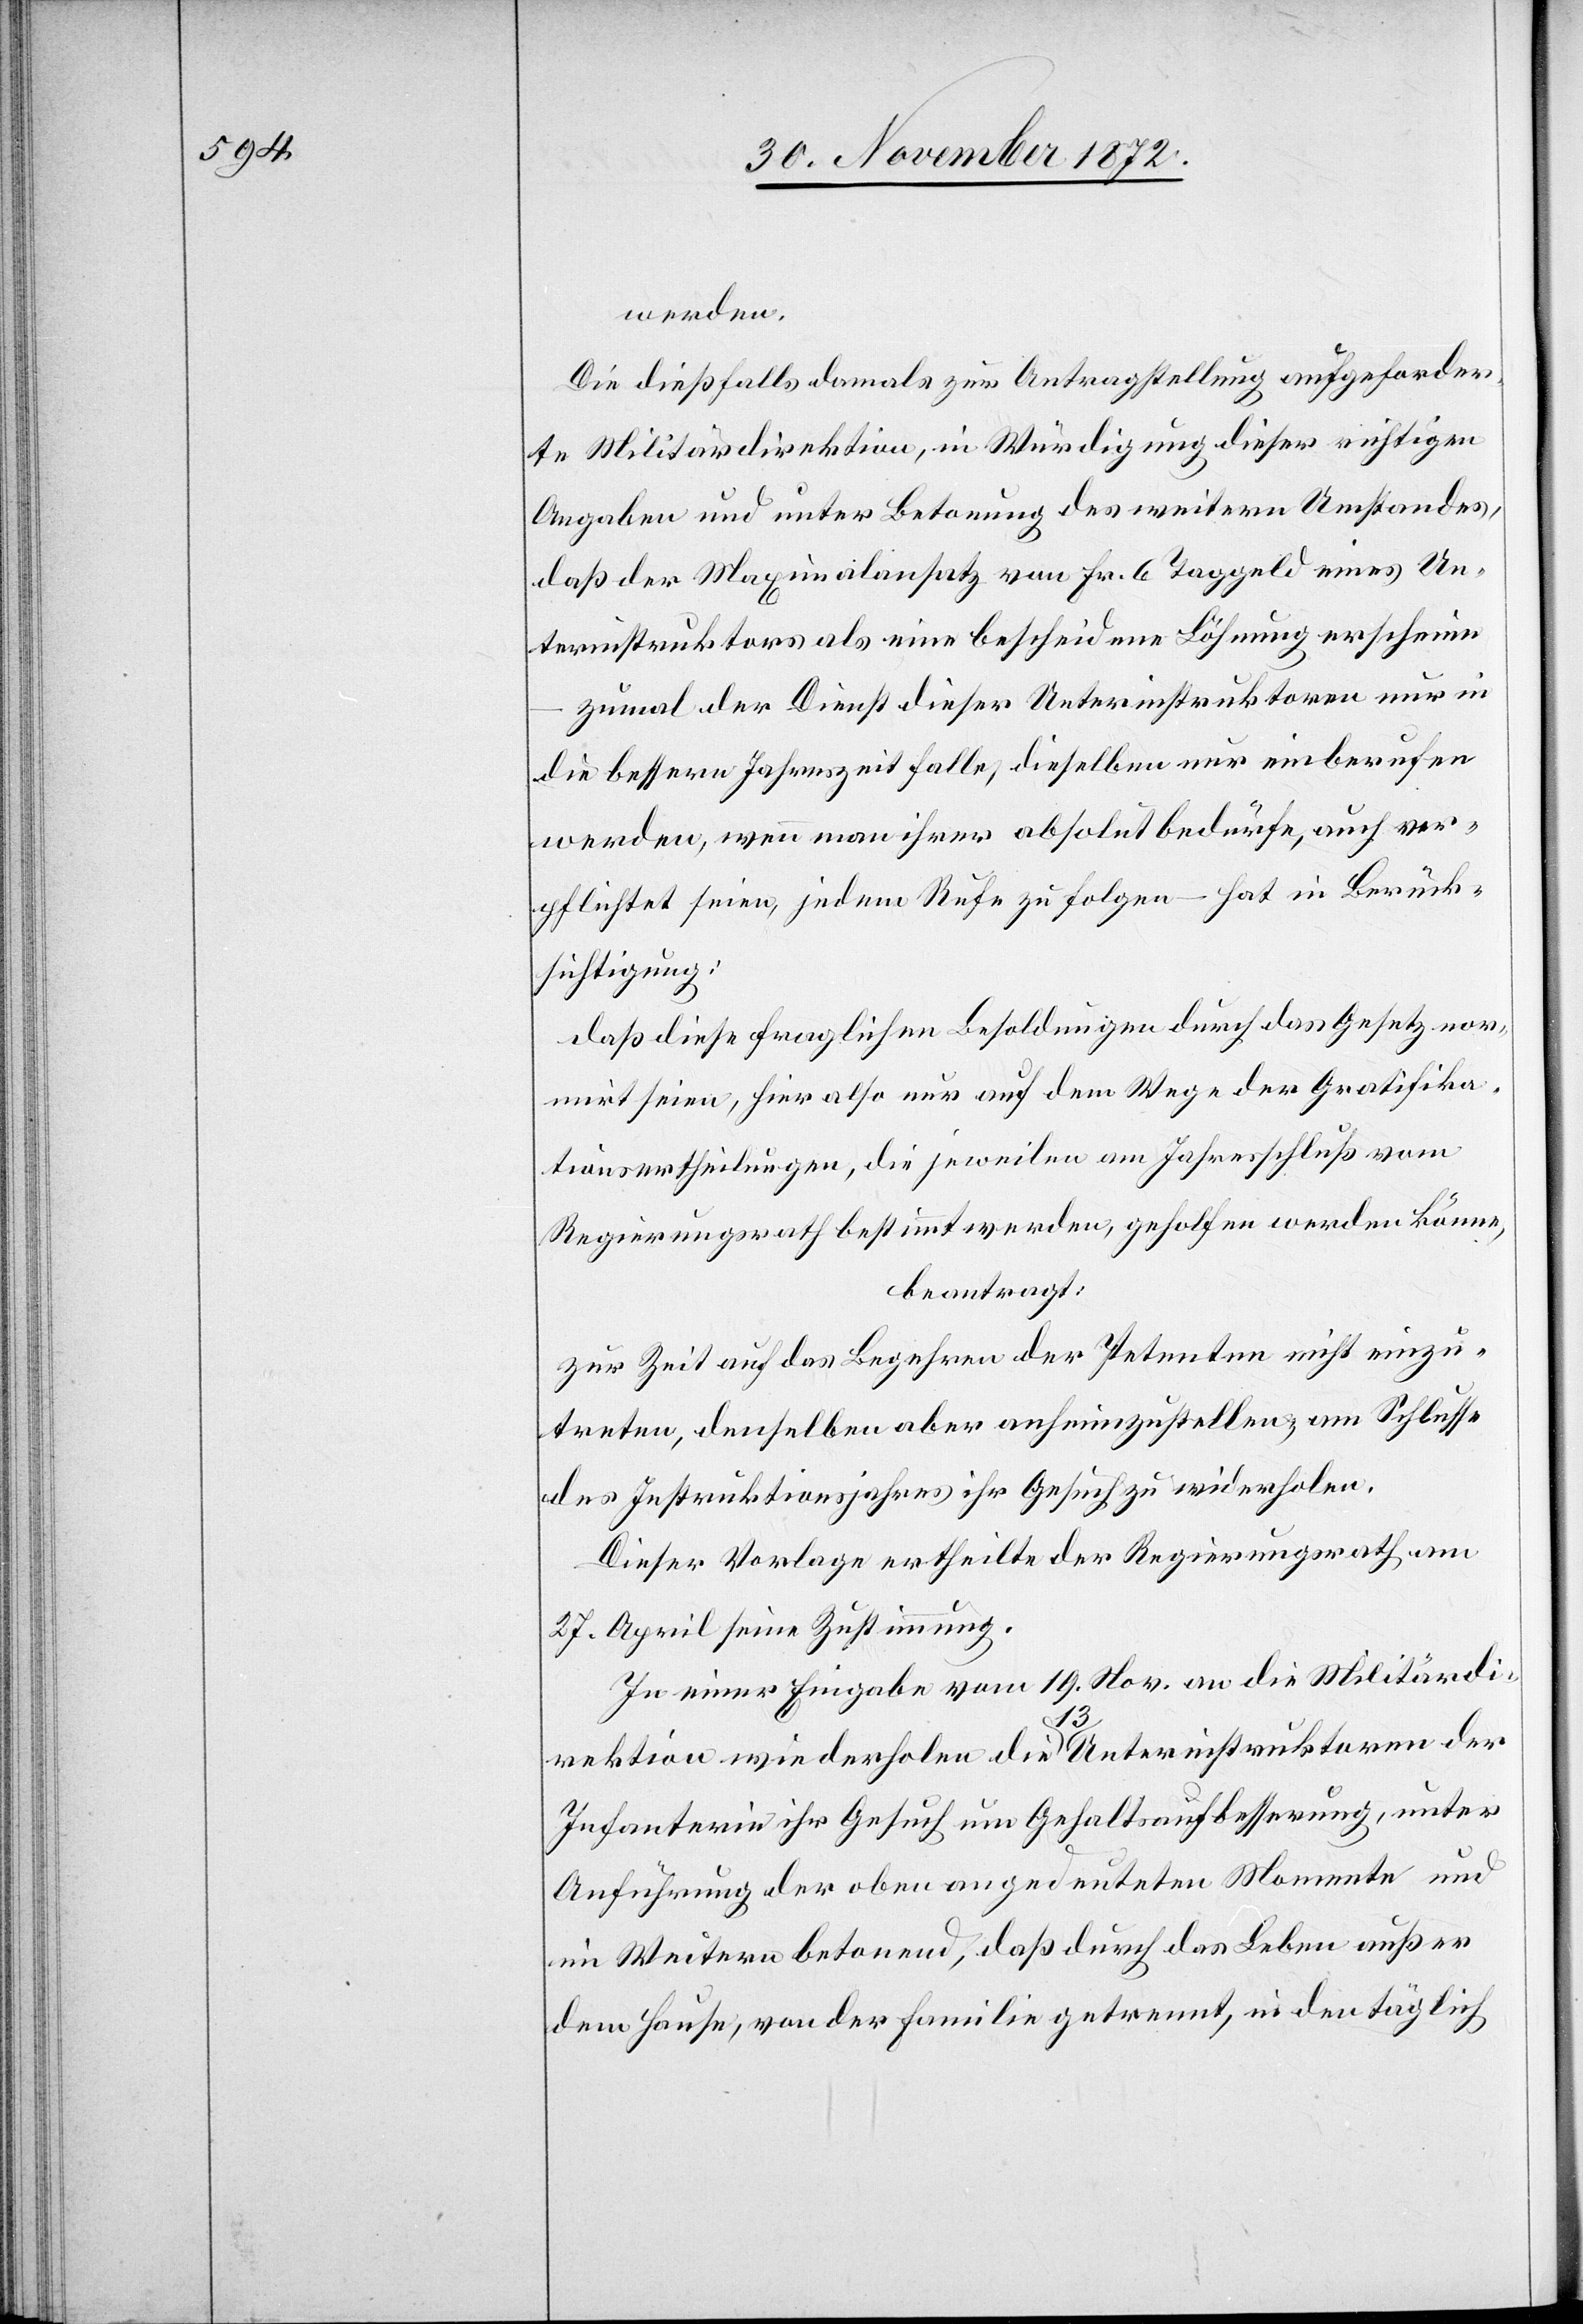
werden.
Die dießfalls damals zur Antragstellung aufgeforder¬
te Militärdirektion, in Würdigung dieser richtigen
Angaben und unter Betonung des weitern Umstandes,
daß der Maximalansatz von Fr. 6 Taggeld eines Un¬
terinstruktors als eine bescheidene Lösung erscheine
zumal der Dienst dieser Unterinstruktoren nur in
die bessere Jahreszeit falle, dieselben nur einberufen
werden, wenn man ihrer absolut bedürfe, auch ver¬
pflichtet seien, jedem Rufe zu folgen – hat in Berück¬
sichtigung:
daß diese fraglichen Besoldungen durch das Gesetz nor¬
mirt seien, hier also nur auf dem Wege der Gratifika¬
tionsertheilungen, die jeweilen am Jahresschluß vom
Regierungsrath bestimmt werden, geholfen werden könne,
beantragt:
zur Zeit auf das Begehren der Petenten nicht einzu¬
treten, denselben aber anheimzustellen, am Schlusse
des Instruktionsjahres ihr Gesuch zu widerholen.
Dieser Vorlage ertheilte der Regierungsrath am
27. April seine Zustimmung.
In einer Eingabe vom 19. Nov. an die Militärdi¬
rektion wiederholen die 13 Unterinstruktoren der
Infanterie ihr Gesuch um Gehaltsaufbesserung, unter
Anführung der oben angedeuteten Momente und
im Weitern betonend, daß durch das Leben außer
dem Hause, von der Familie getrennt, in den täglich